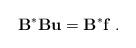
LaTeX: \begin{align*} {\bf B}^{\ast} {\bf B} {\bf u} ={\bf B}^{\ast} {\bf f}\;.\end{align*}